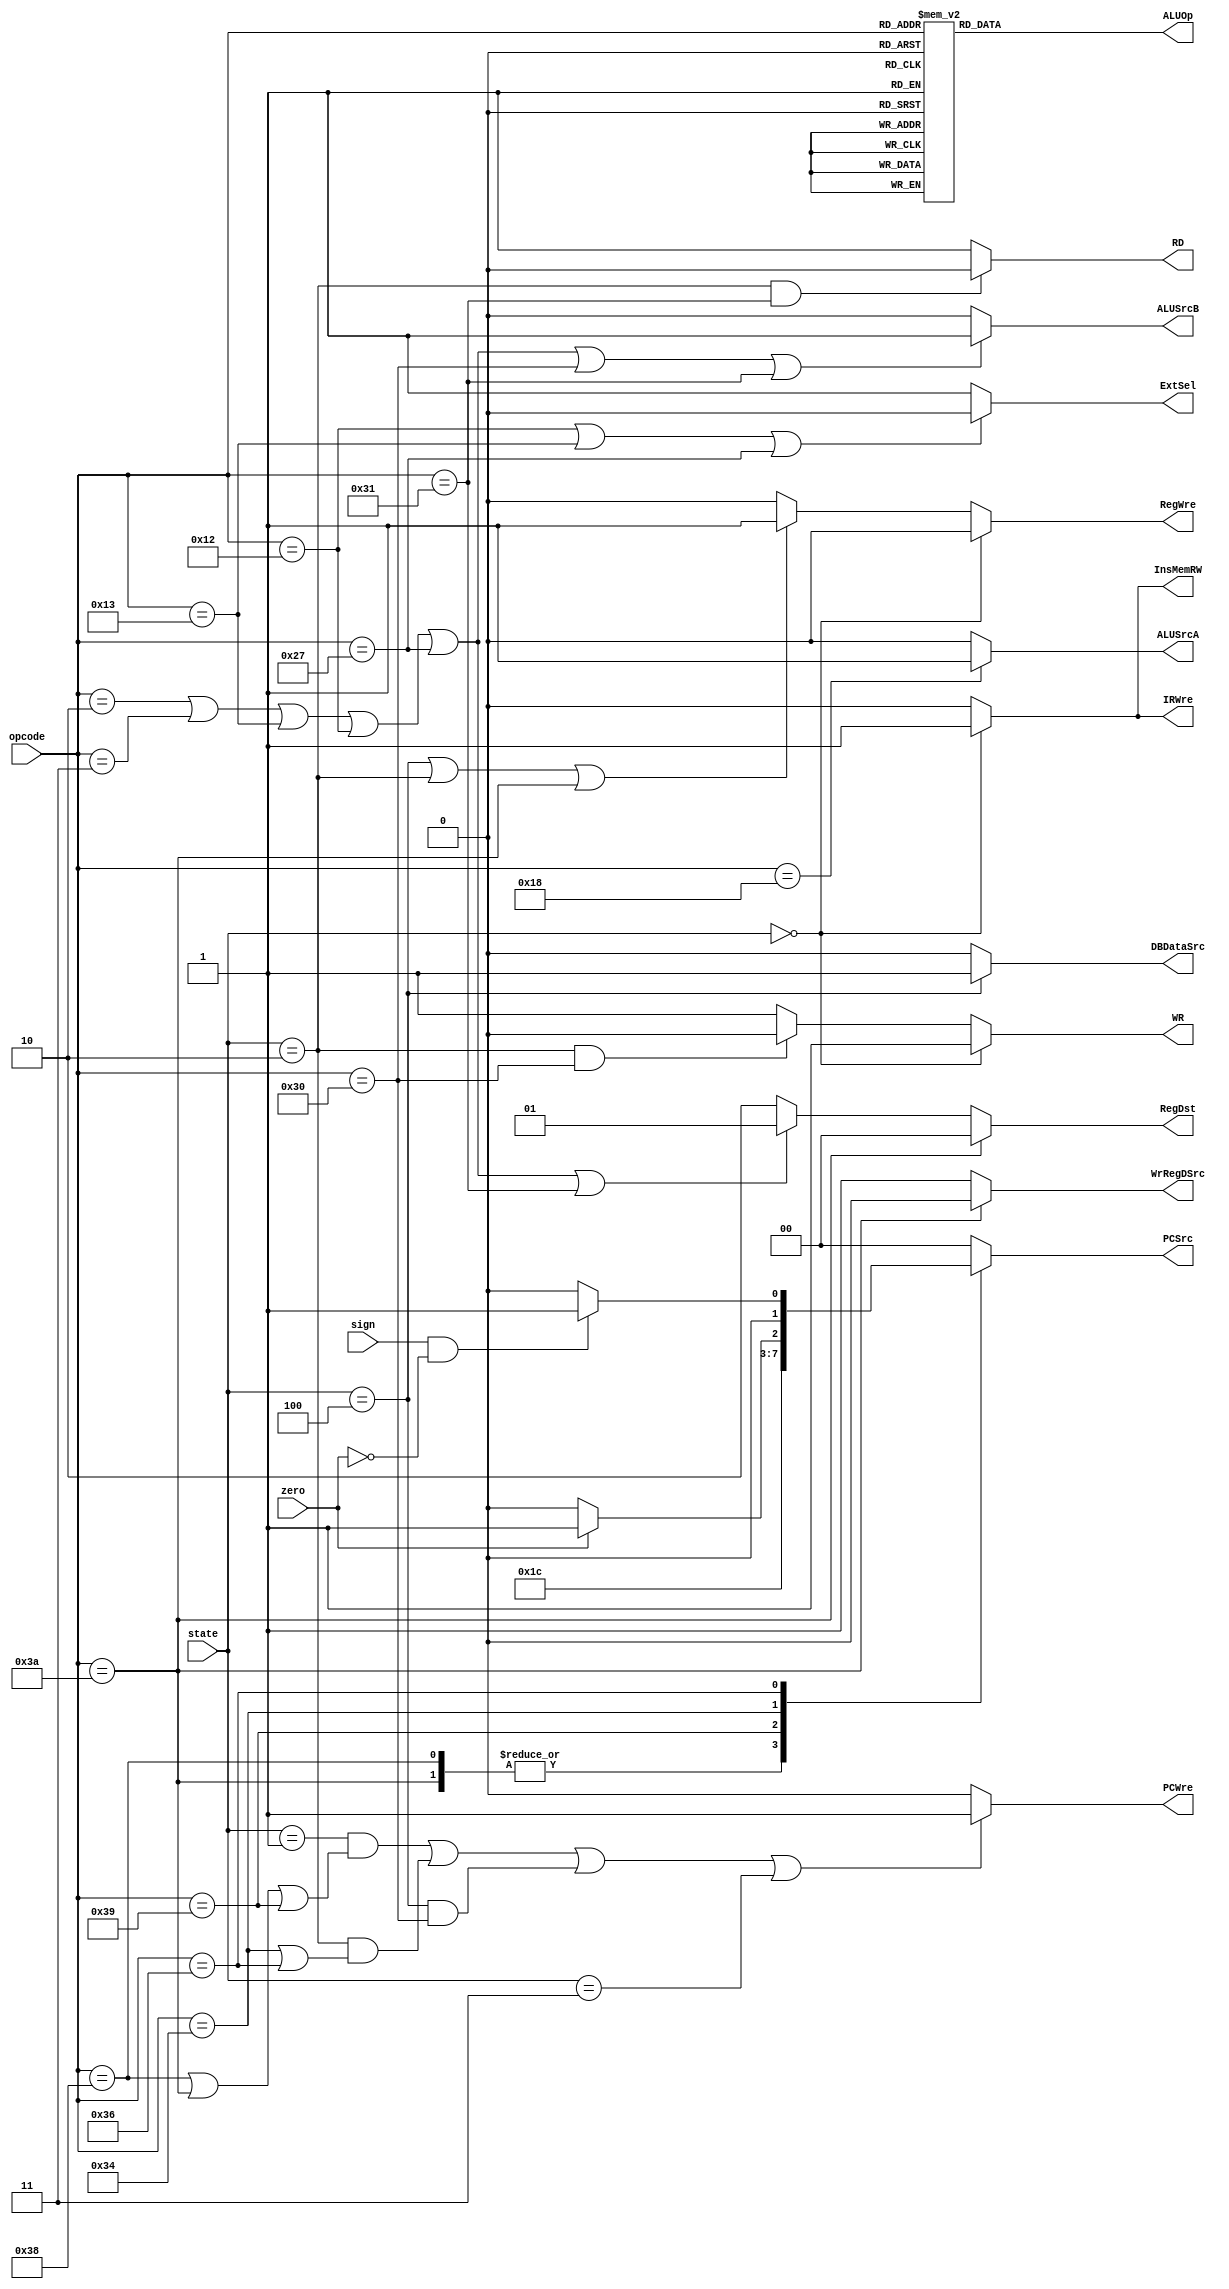
`timescale 1ns / 1ps
//////////////////////////////////////////////////////////////////////////////////
// Company: 
// Engineer: 
// 
// Design Name: 
// Module Name: OutputFunction
// Project Name: 
// Target Devices: 
// Tool Versions: 
// Description: 
// 
// Dependencies: 
// 
// Revision:
// Revision 0.01 - File Created
// Additional Comments:
// 
//////////////////////////////////////////////////////////////////////////////////

module OutputFunction(state, opcode, zero, sign, PCWre, ALUSrcA, ALUSrcB, DBDataSrc, RegWre, WrRegDSrc, InsMemRW, RD, WR, IRWre, ExtSel, PCSrc, RegDst, ALUOp);
    input [2:0] state;
    input [5:0] opcode;
    input zero, sign;
    output reg PCWre, ALUSrcA, ALUSrcB, DBDataSrc, RegWre, WrRegDSrc, InsMemRW, RD, WR, IRWre, ExtSel;
    output reg [1:0] PCSrc, RegDst;
    output reg [2:0] ALUOp;
    parameter [2:0] IF = 3'b000, // IF
                     ID = 3'b001, // ID
                     EXE = 3'b010, // EXE
                     WB = 3'b011, // WB
                     MEM = 3'b100; // MEM
    parameter [5:0] ADD = 6'b000000, SUB = 6'B000001, ADDI = 6'b000010, OR = 6'b010000,
                     AND = 6'b010001, ORI = 6'B010010, SLL = 6'b011000, SLT = 6'b100110,
                     SLTIU = 6'b100111, BEQ = 6'b110100, BLTZ = 6'b110110, SW = 6'b110000,
                     LW = 6'b110001, J = 6'b111000, JR = 6'b111001, JAL = 6'b111010, HALT = 6'b111111,
                     SUBI = 6'b000011, ANDI = 6'b010011, XOR = 6'b010100;
    always @(state) begin
        // 
        // 
        if (state == ID && (opcode == J || opcode == JAL || opcode == JR) ||
            state == EXE && (opcode == BEQ || opcode == BLTZ) ||
            state == MEM && opcode == SW || state == WB) begin
            PCWre = 1;
        end
        else begin
            PCWre = 0;
        end
        ALUSrcA = (opcode == SLL) ? 1: 0;
        ALUSrcB = (opcode == ADDI || opcode == SUBI || opcode == ANDI || opcode == ORI || opcode == SLTIU || opcode == SW ||opcode == LW) ? 1: 0;
        DBDataSrc = (state == MEM) ? 1: 0;
        RegWre = (state == MEM || state == EXE || opcode == JAL) ? 1: 0;
        WrRegDSrc = (opcode == JAL) ? 0: 1;
        InsMemRW = (state == IF) ? 1: 0;
        RD = (state == EXE && opcode == LW) ? 0: 1;
        WR = (state == EXE && opcode == SW) ? 0: 1;
        IRWre = (state == IF) ? 1: 0;
        ExtSel = (opcode == ORI || opcode == ANDI || opcode == SLTIU) ? 0: 1;
        
        // PCSrc
        case(opcode)  
           J: PCSrc = 2'b11;  
           JAL: PCSrc = 2'b11;  
           JR: PCSrc = 2'b10;  
           BEQ: begin  
               if (zero) PCSrc = 2'b01;  
               else PCSrc = 2'b00;  
           end
           BLTZ: begin
                if (sign == 1 && zero == 0) PCSrc = 2'b01;
                else PCSrc = 2'b00;
           end
           default: PCSrc = 2'b00;  
        endcase
        
        // RegDst
        if (opcode == JAL) RegDst = 2'b00;  
        else if (opcode == ADDI || opcode == SUBI || opcode == ANDI || opcode == ORI || opcode == SLTIU || opcode == LW) RegDst = 2'b01;  
        else RegDst = 2'b10;
        
        // ALUOp
        case (opcode)
            ADD: ALUOp = 3'b000;
            SUB: ALUOp = 3'b001;
            ADDI: ALUOp = 3'b000;
            SUBI: ALUOp = 3'b001;
            OR: ALUOp = 3'b101;
            AND: ALUOp = 3'b110;
            ORI: ALUOp = 3'b101;
            ANDI: ALUOp = 3'b110;
            XOR: ALUOp = 3'b111;
            SLL: ALUOp = 3'b100;
            SLT: ALUOp = 3'b010;
            SLTIU: ALUOp = 3'b011;
            BEQ: ALUOp = 3'b001;
            BLTZ: ALUOp = 3'b001;
            default: ALUOp = 3'b000;
        endcase
        
        // IF
        if (state == IF) begin
            RegWre = 0;
            WR = 1;
        end
    end
endmodule